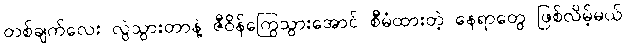
တစ်ချက်လေး လွဲသွားတာနဲ့ ဇီဝိန်ကြွေသွားအောင် စီမံထားတဲ့ နေရာတွေ ဖြစ်လိမ့်မယ်